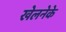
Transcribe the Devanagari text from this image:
खेलनेके